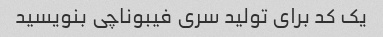
یک کد برای تولید سری فیبوناچی بنویسید